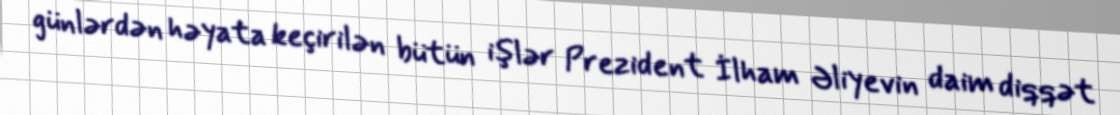
günlərdən həyata keçirilən bütün işlər Prezident İlham Əliyevin daim diqqət